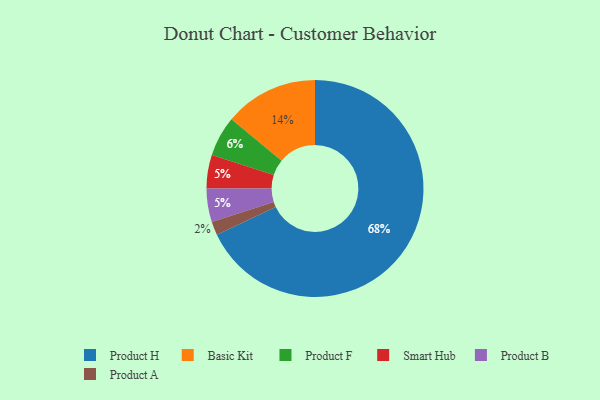
{"axis": {"x": "Category", "y": "Percentage"}, "legend": ["Basic Kit", "Product A", "Product B", "Product F", "Product H", "Smart Hub"], "data": [{"x": "Product A", "y": 2, "type": "Product A"}, {"x": "Product H", "y": 68, "type": "Product H"}, {"x": "Smart Hub", "y": 5, "type": "Smart Hub"}, {"x": "Product F", "y": 6, "type": "Product F"}, {"x": "Basic Kit", "y": 14, "type": "Basic Kit"}, {"x": "Product B", "y": 5, "type": "Product B"}]}